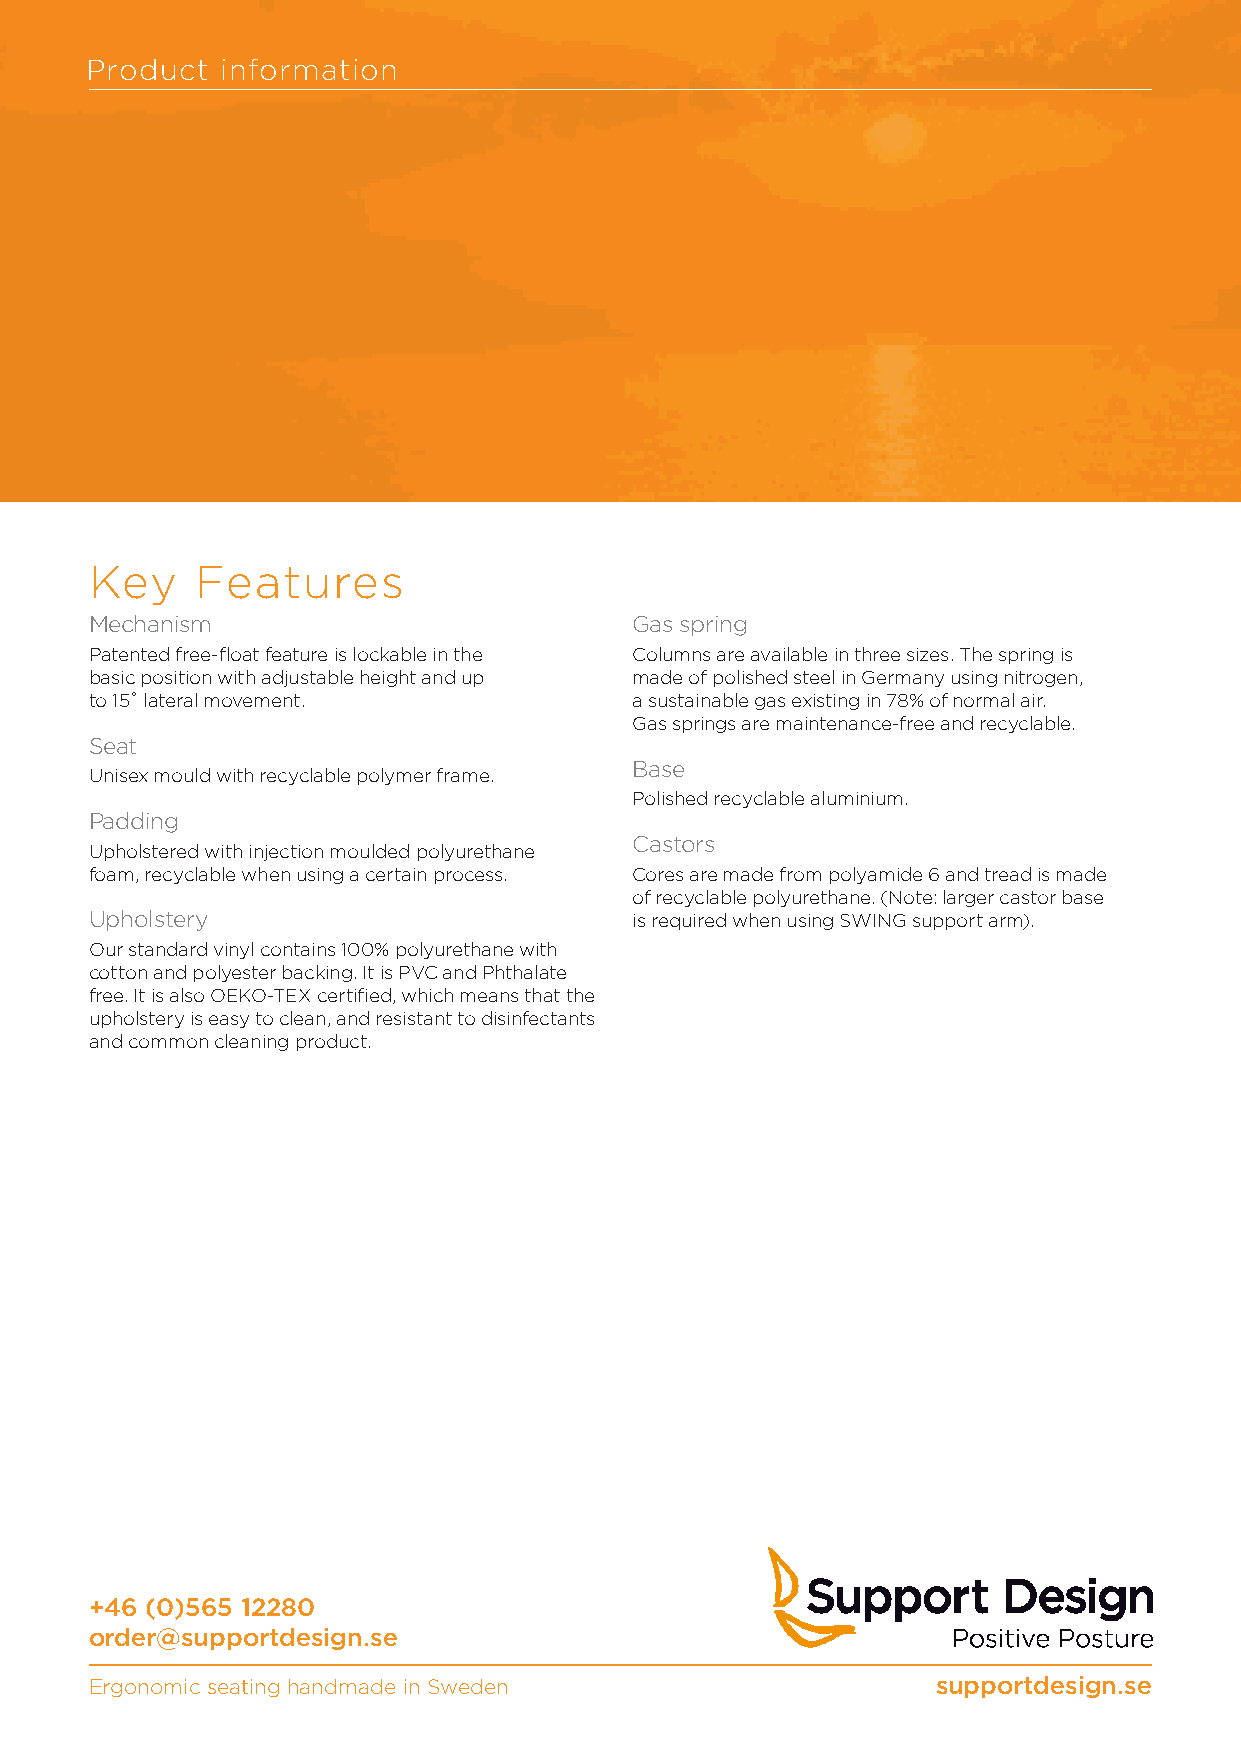
Product  information
 Key    Features
 Mechanism                           Gas spring
 Patented free-float feature is lockable in the Columns are available in three sizes. The spring is
 basic position with adjustable height and up made of polished steel in Germany using nitrogen,
 to 15˚ lateral movement.            a sustainable gas existing in 78% of normal air.
 Gas springs are maintenance-free and recyclable.
 Seat
 Base
 Unisex mould with recyclable polymer frame.
 Polished recyclable aluminium.
 Padding
 Castors
 Upholstered with injection moulded polyurethane
 foam, recyclable when using a certain process. Cores are made from polyamide 6 and tread is made
 of recyclable polyurethane. (Note: larger castor base
 Upholstery                          is required when using SWING support arm).
 Our standard vinyl contains 100% polyurethane with
 cotton and polyester backing. It is PVC and Phthalate
 free. It is also OEKO-TEX certified, which means that the
 upholstery is easy to clean, and resistant to disinfectants
 and common cleaning product.
 +46 (0)565 12280
 order@supportdesign.se
 Ergonomic seating handmade in Sweden                    supportdesign.se